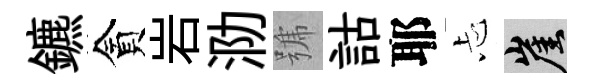
鑣貪岩泐號詁耶忐崖